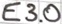
Text: E3.0